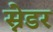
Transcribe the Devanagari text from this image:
स्नेडर